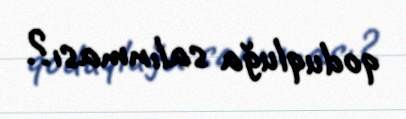
qoduqluğa salınması?.